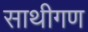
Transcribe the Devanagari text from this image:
साथीगण